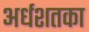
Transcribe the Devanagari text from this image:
अर्धशतका